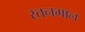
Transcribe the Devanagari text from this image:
रतनमाल